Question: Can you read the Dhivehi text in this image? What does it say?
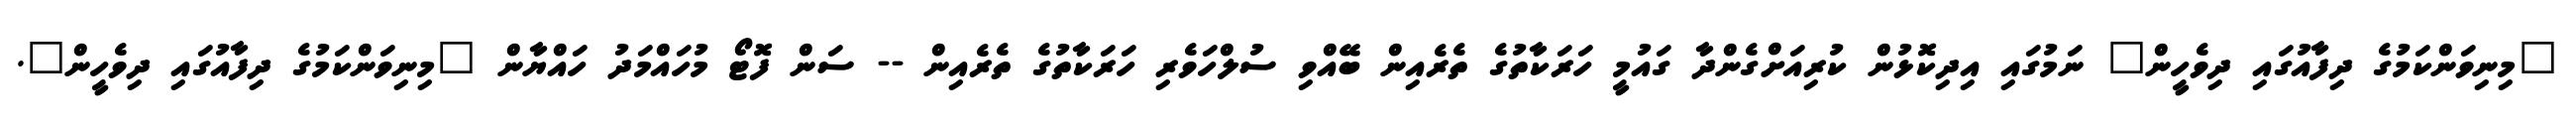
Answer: "މިނިވަންކަމުގެ ދިފާއުގައި ދިވެހީން" ނަމުގައި އިދިކޮޅުން ކުރިއަށްގެންދާ ގައުމީ ހަރަކާތުގެ ތެރެއިން ބޭއްވި ސުލްހަވެރި ހަރަކާތުގެ ތެރެއިން -- ސަން ފޮޓޯ މުހައްމަދު ހައްޔާން "މިނިވަންކަމުގެ ދިފާއުގައި ދިވެހީން".